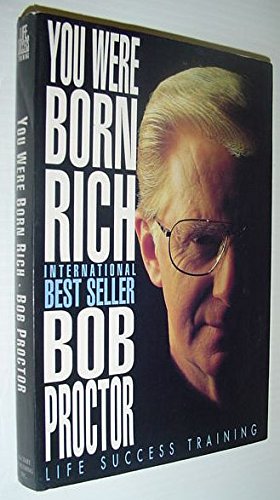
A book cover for You Were Born Rich; Bob Proctor; Test Preparation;